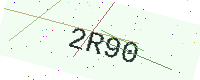
Text: 2R90